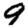
Digit: 9